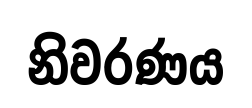
නිවරණය